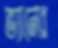
ভ্যানের